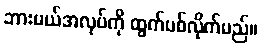
ဘားမယ်အလုပ်ကို ထွက်ပစ်လိုက်မည်။